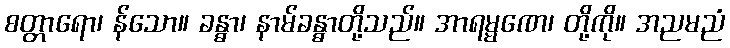
စတ္တာရော၊ န်သော။ ခန္ဓာ၊ နာမ်ခန္ဓာတို့သည်။ အာရမ္မဏေ၊ တို့ကို။ အညမညံ